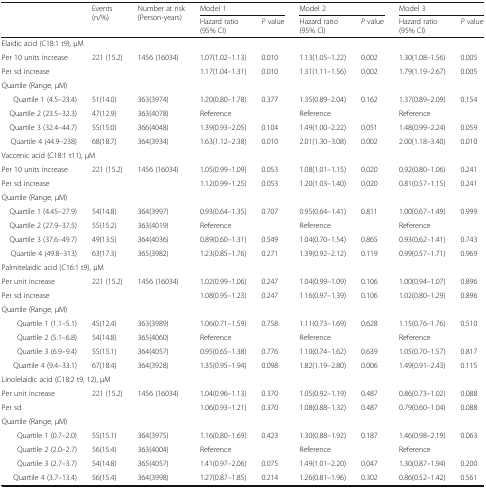
<table><thead><tr><td rowspan="2"></td><td rowspan="2"><b>Events (n/%)</b></td><td rowspan="2"><b>Number at risk (Person-years)</b></td><td colspan="2"><b>Model 1</b></td><td colspan="2"><b>Model 2</b></td><td colspan="2"><b>Model 3</b></td></tr><tr><td><b>Hazard ratio(95% CI)</b></td><td><b><i>P</i> value</b></td><td><b>Hazard ratio(95% CI)</b></td><td><b><i>P</i> value</b></td><td><b>Hazard ratio(95% CI)</b></td><td><b><i>P</i> value</b></td></tr></thead><tbody><tr><td colspan="9">Elaidic acid (C18:1 t9), μM</td></tr><tr><td>Per 10 units increase</td><td rowspan="2">221 (15.2)</td><td rowspan="2">1456 (16034)</td><td>1.07(1.02–1.13)</td><td>0.010</td><td>1.13(1.05–1.22)</td><td>0.002</td><td>1.30(1.08–1.56)</td><td>0.005</td></tr><tr><td>Per sd increase</td><td>1.17(1.04–1.31)</td><td>0.010</td><td>1.31(1.11–1.56)</td><td>0.002</td><td>1.79(1.19–2.67)</td><td>0.005</td></tr><tr><td colspan="9">Quartile (Range, μM)</td></tr><tr><td> Quartile 1 (4.5–23.4)</td><td>51(14.0)</td><td>363(3974)</td><td>1.20(0.80–1.78)</td><td>0.377</td><td>1.35(0.89–2.04)</td><td>0.162</td><td>1.37(0.89–2.09)</td><td>0.154</td></tr><tr><td> Quartile 2 (23.5–32.3)</td><td>47(12.9)</td><td>363(4078)</td><td>Reference</td><td></td><td>Reference</td><td></td><td>Reference</td><td></td></tr><tr><td> Quartile 3 (32.4–44.7)</td><td>55(15.0)</td><td>366(4048)</td><td>1.39(0.93–2.05)</td><td>0.104</td><td>1.49(1.00–2.22)</td><td>0.051</td><td>1.48(0.99–2.24)</td><td>0.059</td></tr><tr><td> Quartile 4 (44.9–238)</td><td>68(18.7)</td><td>364(3934)</td><td>1.63(1.12–2.38)</td><td>0.010</td><td>2.01(1.30–3.08)</td><td>0.002</td><td>2.00(1.18–3.40)</td><td>0.010</td></tr><tr><td colspan="9">Vaccenic acid (C18:1 t11), μM</td></tr><tr><td>Per 10 units increase</td><td rowspan="2">221 (15.2)</td><td rowspan="2">1456 (16034)</td><td>1.05(0.99–1.09)</td><td>0.053</td><td>1.08(1.01–1.15)</td><td>0.020</td><td>0.92(0.80–1.06)</td><td>0.241</td></tr><tr><td>Per sd increase</td><td>1.12(0.99–1.25)</td><td>0.053</td><td>1.20(1.03–1.40)</td><td>0.020</td><td>0.81(0.57–1.15)</td><td>0.241</td></tr><tr><td colspan="9">Quartile (Range, μM)</td></tr><tr><td> Quartile 1 (4.45–27.9)</td><td>54(14.8)</td><td>364(3997)</td><td>0.93(0.64–1.35)</td><td>0.707</td><td>0.95(0.64–1.41)</td><td>0.811</td><td>1.00(0.67–1.49)</td><td>0.999</td></tr><tr><td> Quartile 2 (27.9–37.5)</td><td>55(15.2)</td><td>363(4019)</td><td>Reference</td><td></td><td>Reference</td><td></td><td>Reference</td><td></td></tr><tr><td> Quartile 3 (37.6–49.7)</td><td>49(13.5)</td><td>364(4036)</td><td>0.89(0.60–1.31)</td><td>0.549</td><td>1.04(0.70–1.54)</td><td>0.865</td><td>0.93(0.62–1.41)</td><td>0.743</td></tr><tr><td> Quartile 4 (49.8–313)</td><td>63(17.3)</td><td>365(3982)</td><td>1.23(0.85–1.76)</td><td>0.271</td><td>1.39(0.92–2.12)</td><td>0.119</td><td>0.99(0.57–1.71)</td><td>0.969</td></tr><tr><td colspan="9">Palmitelaidic acid (C16:1 t9), μM</td></tr><tr><td>Per unit increase</td><td rowspan="2">221 (15.2)</td><td rowspan="2">1456 (16034)</td><td>1.02(0.99–1.06)</td><td>0.247</td><td>1.04(0.99–1.09)</td><td>0.106</td><td>1.00(0.94–1.07)</td><td>0.896</td></tr><tr><td>Per sd increase</td><td>1.08(0.95–1.23)</td><td>0.247</td><td>1.16(0.97–1.39)</td><td>0.106</td><td>1.02(0.80–1.29)</td><td>0.896</td></tr><tr><td colspan="9">Quartile (Range, μM)</td></tr><tr><td> Quartile 1 (1.1–5.1)</td><td>45(12.4)</td><td>363(3989)</td><td>1.06(0.71–1.59)</td><td>0.758</td><td>1.11(0.73–1.69)</td><td>0.628</td><td>1.15(0.76–1.76)</td><td>0.510</td></tr><tr><td> Quartile 2 (5.1–6.8)</td><td>54(14.8)</td><td>365(4060)</td><td>Reference</td><td></td><td>Reference</td><td></td><td>Reference</td><td></td></tr><tr><td> Quartile 3 (6.9–9.4)</td><td>55(15.1)</td><td>364(4057)</td><td>0.95(0.65–1.38)</td><td>0.776</td><td>1.10(0.74–1.62)</td><td>0.639</td><td>1.05(0.70–1.57)</td><td>0.817</td></tr><tr><td> Quartile 4 (9.4–33.1)</td><td>67(18.4)</td><td>364(3928)</td><td>1.35(0.95–1.94)</td><td>0.098</td><td>1.82(1.19–2.80)</td><td>0.006</td><td>1.49(0.91–2.43)</td><td>0.115</td></tr><tr><td colspan="9">Linolelaidic acid (C18:2 t9, 12), μM</td></tr><tr><td>Per unit increase</td><td rowspan="2">221 (15.2)</td><td rowspan="2">1456 (16034)</td><td>1.04(0.96–1.13)</td><td>0.370</td><td>1.05(0.92–1.19)</td><td>0.487</td><td>0.86(0.73–1.02)</td><td>0.088</td></tr><tr><td>Per sd</td><td>1.06(0.93–1.21)</td><td>0.370</td><td>1.08(0.88–1.32)</td><td>0.487</td><td>0.79(0.60–1.04)</td><td>0.088</td></tr><tr><td colspan="9">Quartile (Range, μM)</td></tr><tr><td> Quartile 1 (0.7–2.0)</td><td>55(15.1)</td><td>364(3975)</td><td>1.16(0.80–1.69)</td><td>0.423</td><td>1.30(0.88–1.92)</td><td>0.187</td><td>1.46(0.98–2.19)</td><td>0.063</td></tr><tr><td> Quartile 2 (2.0–2.7)</td><td>56(15.4)</td><td>363(4004)</td><td>Reference</td><td></td><td>Reference</td><td></td><td>Reference</td><td></td></tr><tr><td> Quartile 3 (2.7–3.7)</td><td>54(14.8)</td><td>365(4057)</td><td>1.41(0.97–2.06)</td><td>0.075</td><td>1.49(1.01–2.20)</td><td>0.047</td><td>1.30(0.87–1.94)</td><td>0.200</td></tr><tr><td> Quartile 4 (3.7–13.4)</td><td>56(15.4)</td><td>364(3998)</td><td>1.27(0.87–1.85)</td><td>0.214</td><td>1.26(0.81–1.96)</td><td>0.302</td><td>0.86(0.52–1.42)</td><td>0.561</td></tr></tbody></table>